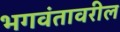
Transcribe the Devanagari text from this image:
भगवंतावरील